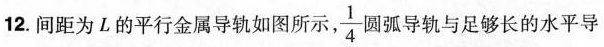
12.间距为L的平行金属导轨如图所示，\frac{1}{4}弧导轨与足够长的水平导